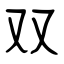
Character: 双